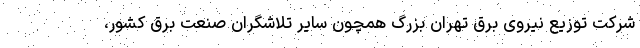
شرکت توزیع نیروی برق تهران بزرگ همچون سایر تلاشگران صنعت برق کشور،